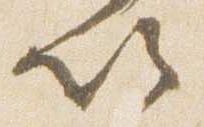
以